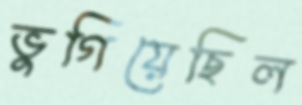
ভুগিয়েছিল